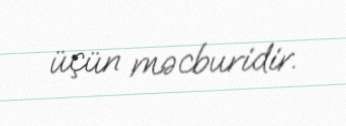
üçün məcburidir.